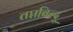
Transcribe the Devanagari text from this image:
तप्तबिन्दु